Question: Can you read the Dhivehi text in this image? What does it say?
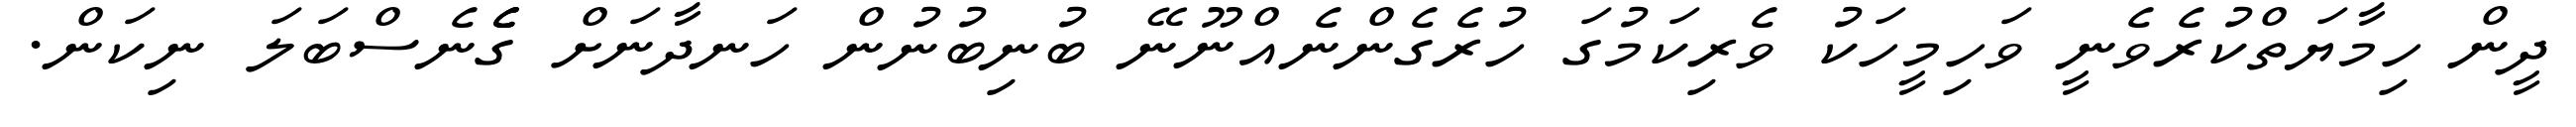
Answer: ދީން ހިމާޔަތްކުރެވެނީ ވަހިމީހަކު ވެރިކަމުގަ ހުރެގެންނެއްނޫނޭ ބުނިބުނުން ހަނދާނަށް ގެެެނެސްބަލަ ނިކަން.